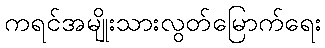
ကရင်အမျိုးသားလွတ်မြောက်ရေး